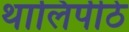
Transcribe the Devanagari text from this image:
थालिपीठे